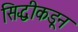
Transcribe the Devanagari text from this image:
सिद्धीकडून